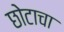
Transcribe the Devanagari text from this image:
छोटाचा